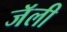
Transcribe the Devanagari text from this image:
जॅली